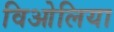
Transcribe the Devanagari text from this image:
विओलिया